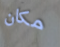
مكان